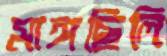
মাঙ্গছিলি